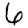
Digit: 6